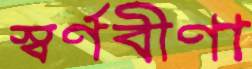
স্বর্ণবীণা